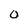
Character: O